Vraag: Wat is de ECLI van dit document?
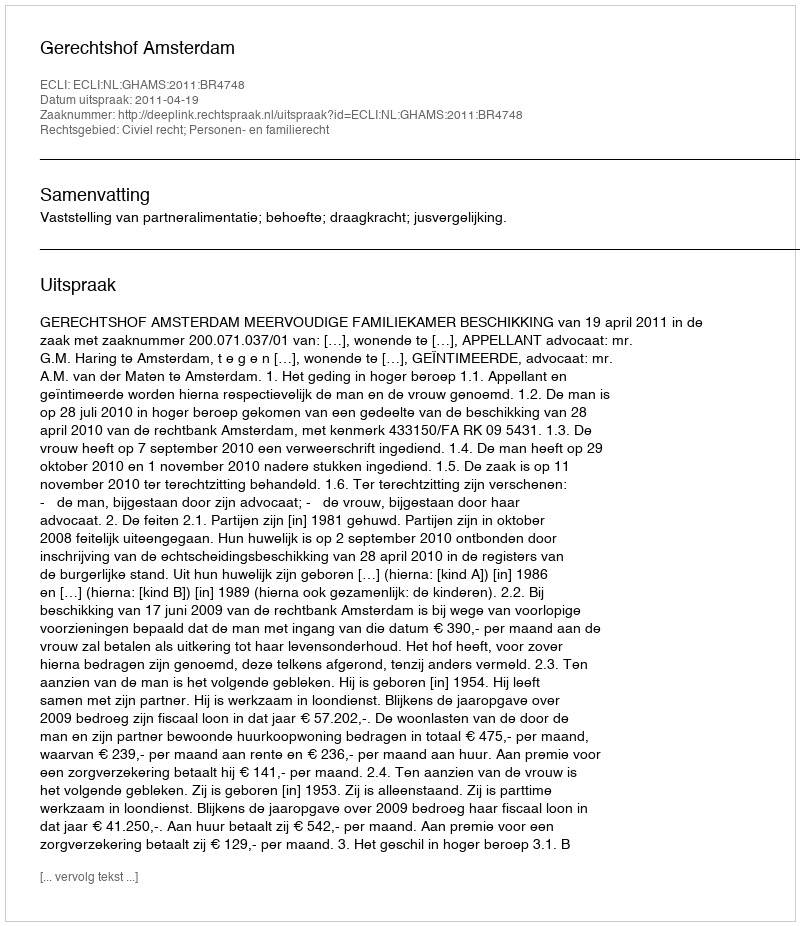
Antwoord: ECLI:NL:GHAMS:2011:BR4748